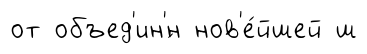
от объед'ин'́н нов'е́йшей ш